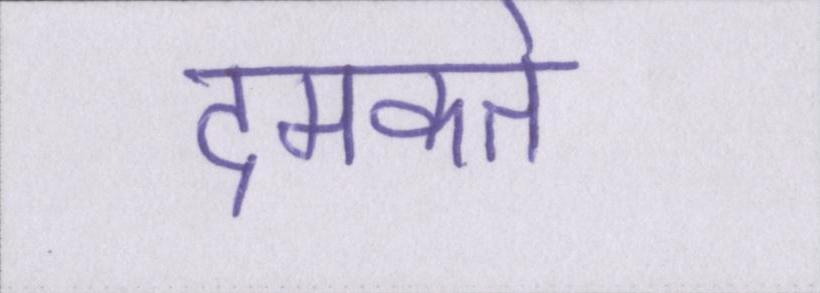
दमकते